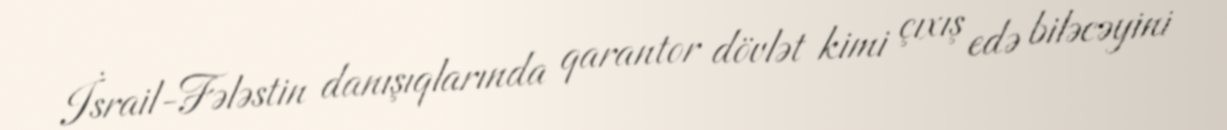
İsrail-Fələstin danışıqlarında qarantor dövlət kimi çıxış edə biləcəyini